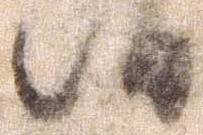
候